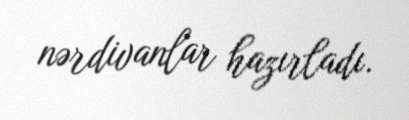
nərdivanlar hazırladı.